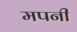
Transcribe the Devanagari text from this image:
मपनी